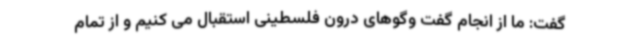
گفت: ما از انجام گفت وگوهای درون فلسطینی استقبال می کنیم و از تمام